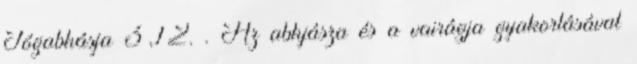
Jógabhásja 3,12. . Az abhjásza és a vairágja gyakorlásával